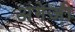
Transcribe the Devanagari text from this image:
अंगेज़ी